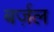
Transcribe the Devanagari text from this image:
बर्ज़ल